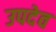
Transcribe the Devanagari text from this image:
उपदेव